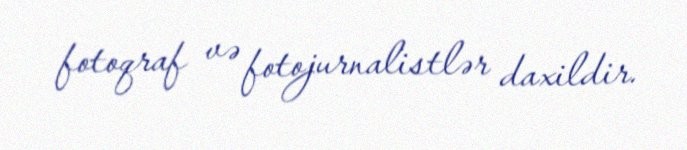
fotoqraf və fotojurnalistlər daxildir.